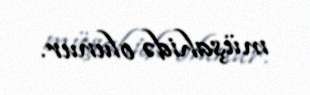
müşahidə olunur.